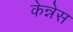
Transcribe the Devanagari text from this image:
केन्नेस